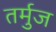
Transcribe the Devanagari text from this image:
तर्मुज